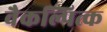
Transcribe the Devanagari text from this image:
वैकल्पित्क